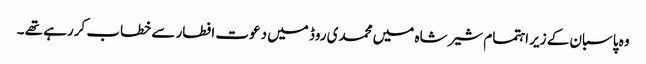
وہ پاسبان کے زیر اہتمام شیر شاہ میں محمدی روڈ میں دعوت افطار سے خطاب کررہے تھے ۔